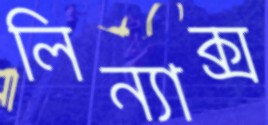
লিন্যাক্স